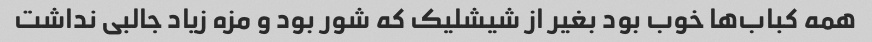
همه کباب‌ها خوب بود بغیر از شیشلیک که شور بود و مزه زیاد جالبی نداشت